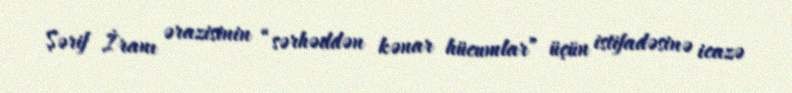
Şərif İranı ərazisinin “sərhəddən kənar hücumlar” üçün istifadəsinə icazə